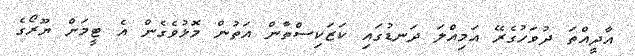
އާދީއްތަ ދުވަހުގެރޭ އަމިއްލަ ދަނޑުގައި ކަޒަކިސްތާން އަތުން މޮޅުވެގެން އެ ޓީމަށް ޔޫރޯގެ